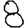
Digit: 8